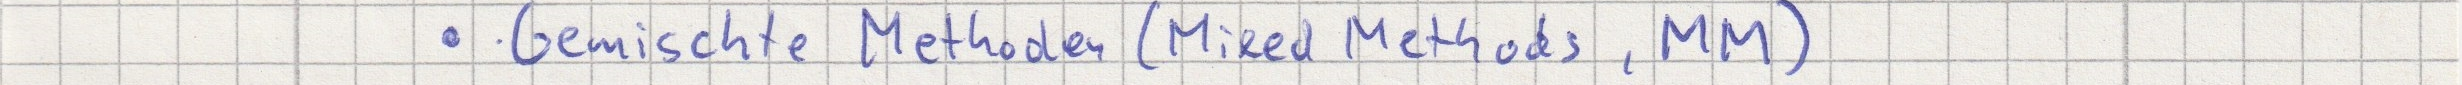
- Gemischte Methoden (Mixed Methods, MM)